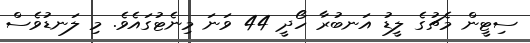
ސިޓީން މެޗުގެ ލީޑު އަނބުރާ ހޯދީ 44 ވަނަ މިނެޓުގައެވެ. މި ލަނޑުވެސް